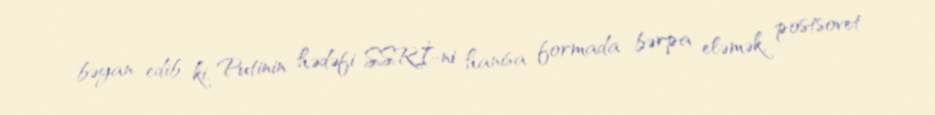
bəyan edib ki, Putinin hədəfi SSRİ-ni hanısa formada bərpa eləmək, postsovet